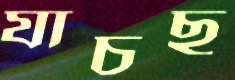
যাচছ